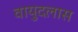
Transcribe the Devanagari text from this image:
वायुदलास